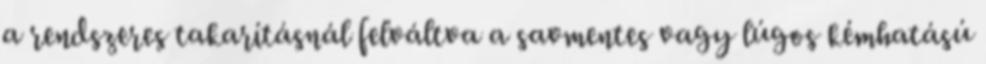
a rendszeres takarításnál felváltva a savmentes vagy lúgos kémhatású